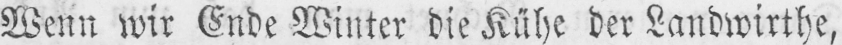
Wenn wir Ende Winter die Kühe der Landwirthe,